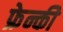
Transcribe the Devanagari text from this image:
फ्रेन्की